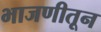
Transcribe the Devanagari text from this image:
भाजणीतून